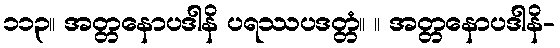
၁၁၃။ အတ္တနောပဒါနိ ပရဿပဒတ္တံ။ ။ အတ္တနောပဒါနိ-